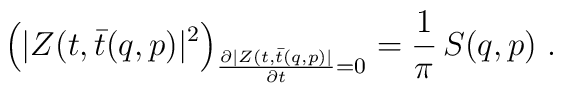
\Bigl(|Z(t,\bar t (q,p) |^2 \Bigr)_{{\partial |Z(t,\bar t (q,p)  | \over\partial t}=0} = {1\over \pi} \, S(q,p) \ .